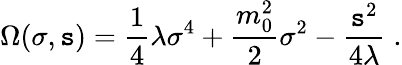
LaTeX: \Omega(\sigma,\mathtt{s})={\frac{{1}}{{4}}}\lambda\sigma^{4}+{\frac{{m_{0}^{2}}}{{2}}}\sigma^{2}-{\frac{{\mathtt{s}^{2}}}{{4\lambda}}}\; .